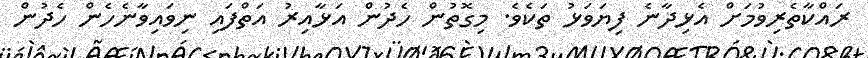
ރައްކާތެރިވުމަށް އެޅިދާނެ ފިޔަވަޅު ތަކެވެ. މިގޮތުން ހެދުން އަޅާއިރު އަތްފައި ނިވައިވާނެހެން ހެދުން